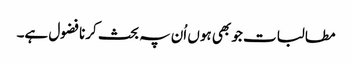
مطالبات جو بھی ہوں اُن پہ بحث کرنا فضول ہے۔